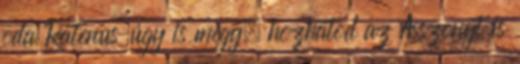
oda Ratenus úgy is megy, hozhatod az Asszonyt is